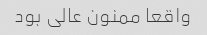
واقعا ممنون عالی بود